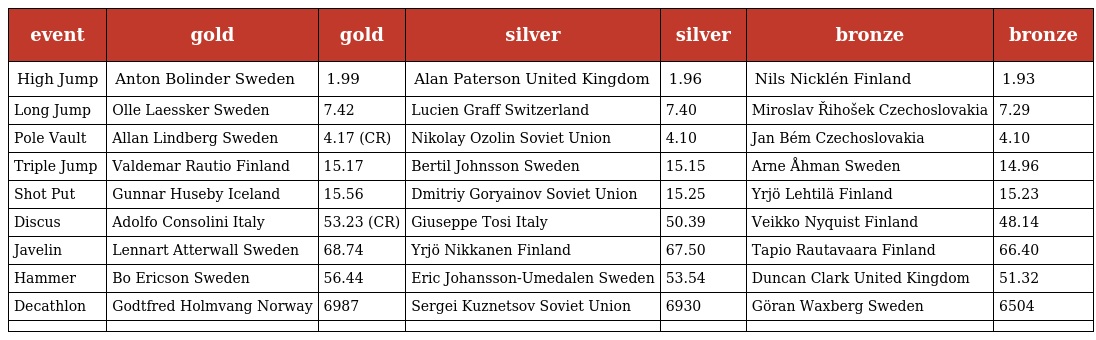
| event | gold | gold | silver | silver | bronze | bronze |
 | --- | --- | --- | --- | --- | --- | --- |
 | High Jump | Anton Bolinder Sweden | 1.99 | Alan Paterson United Kingdom | 1.96 | Nils Nicklén Finland | 1.93 |
 | Long Jump | Olle Laessker Sweden | 7.42 | Lucien Graff Switzerland | 7.40 | Miroslav Řihošek Czechoslovakia | 7.29 |
 | Pole Vault | Allan Lindberg Sweden | 4.17 (CR) | Nikolay Ozolin Soviet Union | 4.10 | Jan Bém Czechoslovakia | 4.10 |
 | Triple Jump | Valdemar Rautio Finland | 15.17 | Bertil Johnsson Sweden | 15.15 | Arne Åhman Sweden | 14.96 |
 | Shot Put | Gunnar Huseby Iceland | 15.56 | Dmitriy Goryainov Soviet Union | 15.25 | Yrjö Lehtilä Finland | 15.23 |
 | Discus | Adolfo Consolini Italy | 53.23 (CR) | Giuseppe Tosi Italy | 50.39 | Veikko Nyquist Finland | 48.14 |
 | Javelin | Lennart Atterwall Sweden | 68.74 | Yrjö Nikkanen Finland | 67.50 | Tapio Rautavaara Finland | 66.40 |
 | Hammer | Bo Ericson Sweden | 56.44 | Eric Johansson-Umedalen Sweden | 53.54 | Duncan Clark United Kingdom | 51.32 |
 | Decathlon | Godtfred Holmvang Norway | 6987 | Sergei Kuznetsov Soviet Union | 6930 | Göran Waxberg Sweden | 6504 |
 |  |  |  |  |  |  |  |